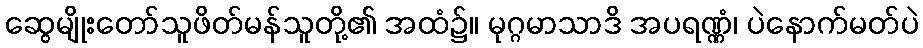
ဆွေမျိုးတော်သူဖိတ်မန်သူတို့၏ အထံ၌။ မုဂ္ဂမာသာဒိ အပရဏ္ဏံ၊ ပဲနောက်မတ်ပဲ